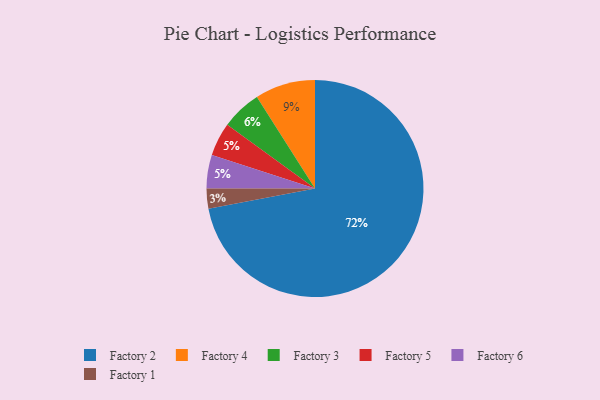
{"axis": {"x": "Category", "y": "Percentage"}, "legend": ["Factory 1", "Factory 2", "Factory 3", "Factory 4", "Factory 5", "Factory 6"], "data": [{"x": "Factory 2", "y": 72, "type": "Factory 2"}, {"x": "Factory 1", "y": 3, "type": "Factory 1"}, {"x": "Factory 3", "y": 6, "type": "Factory 3"}, {"x": "Factory 4", "y": 9, "type": "Factory 4"}, {"x": "Factory 5", "y": 5, "type": "Factory 5"}, {"x": "Factory 6", "y": 5, "type": "Factory 6"}]}